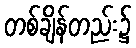
တစ်ချိန်တည်း၌